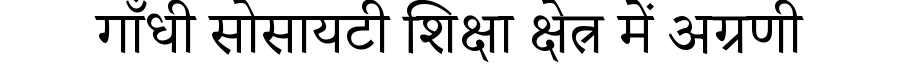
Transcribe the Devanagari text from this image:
गाँधी सोसायटी शिक्षा क्षेत्र में अग्रणी